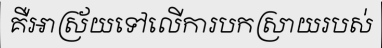
គឺអាស្រ័យទៅលើការបកស្រាយរបស់